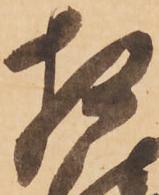
相